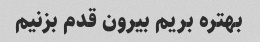
بهتره بریم بیرون قدم بزنیم